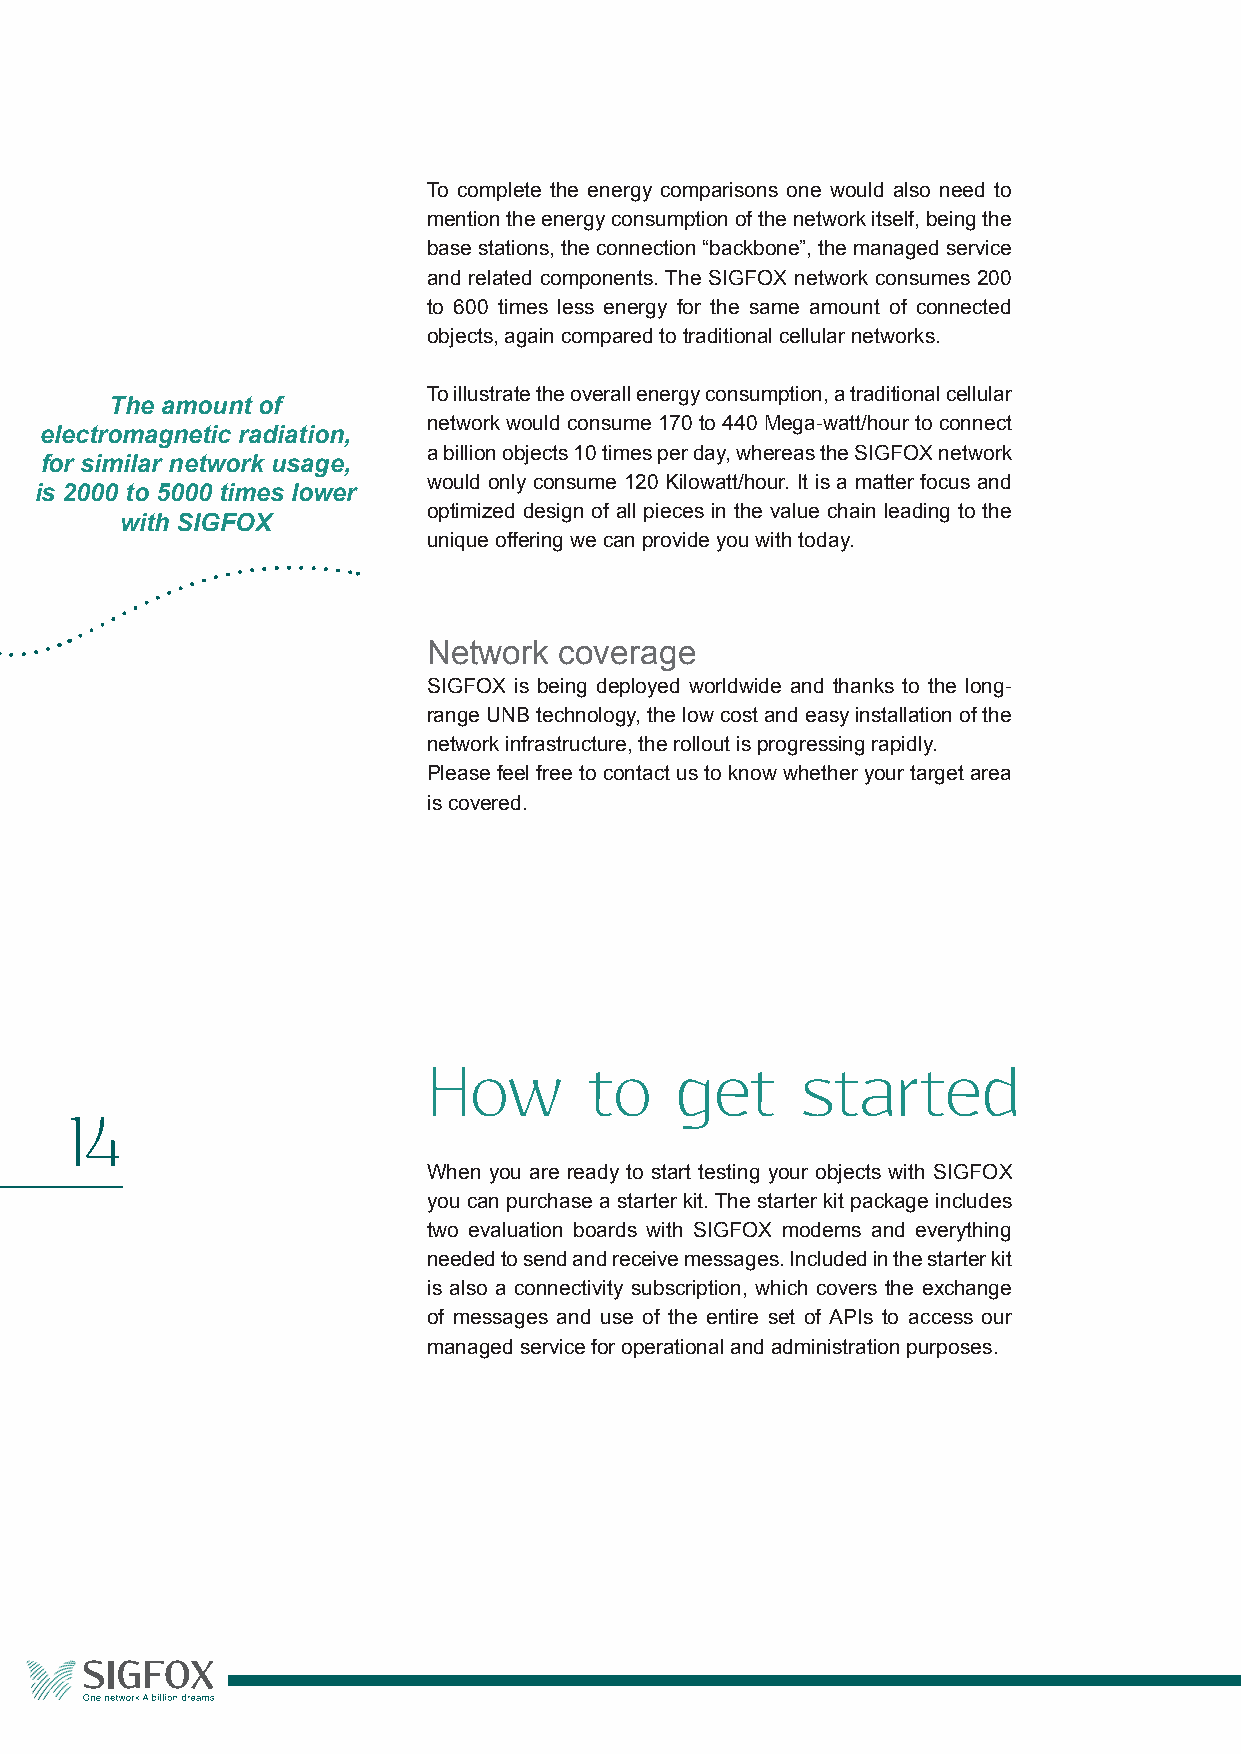
To complete the energy comparisons one would also need to
 mention the energy consumption of the network itself, being the
 base stations, the connection “backbone”, the managed service
 and related components. The SIGFOX network consumes 200
 to 600 times less energy for the same amount of connected
 objects, again compared to traditional cellular networks.
 To illustrate the overall energy consumption, a traditional cellular
 The amount of
 network would consume 170 to 440 Mega-watt/hour to connect
 electromagnetic radiation,
 a billion objects 10 times per day, whereas the SIGFOX network
 for similar network usage,
 would only consume 120 Kilowatt/hour. It is a matter focus and
 is 2000 to 5000 times lower
 optimized design of all pieces in the value chain leading to the
 with SIGFOX
 unique offering we can provide you with today.
 Network  coverage
 SIGFOX is being deployed worldwide and thanks to the long-
 range UNB technology, the low cost and easy installation of the
 network infrastructure, the rollout is progressing rapidly.
 Please feel free to contact us to know whether your target area
 is covered.
 How        to    get     started
 14
 When you are ready to start testing your objects with SIGFOX
 you can purchase a starter kit. The starter kit package includes
 two evaluation boards with SIGFOX modems and everything
 needed to send and receive messages. Included in the starter kit
 is also a connectivity subscription, which covers the exchange
 of messages and use of the entire set of APIs to access our
 managed service for operational and administration purposes.